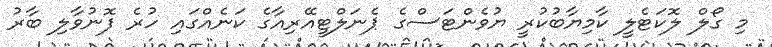
މި ގޯލް ލޮކަޓެލީ ކާމިޔާބުކުރީ ޔުވެންޓަސްގެ ޕެނަލްޓީއޭރިއާގެ ކަނެއްގައި ހުރެ ފޮނުވާލި ބާރު